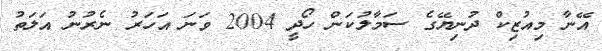
އޭނާ މިއުޒިކް ދުނިޔޭގެ ސަމާލުކަން ހޯދީ 2004 ވަނަ އަހަރު ނެރުނު އަލަތު